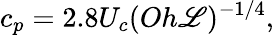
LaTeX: c_{p}=2.8U_{c}(Oh{\mathscr{L}})^{-1/4},